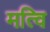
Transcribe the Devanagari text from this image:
मत्वि